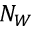
N _ { W }